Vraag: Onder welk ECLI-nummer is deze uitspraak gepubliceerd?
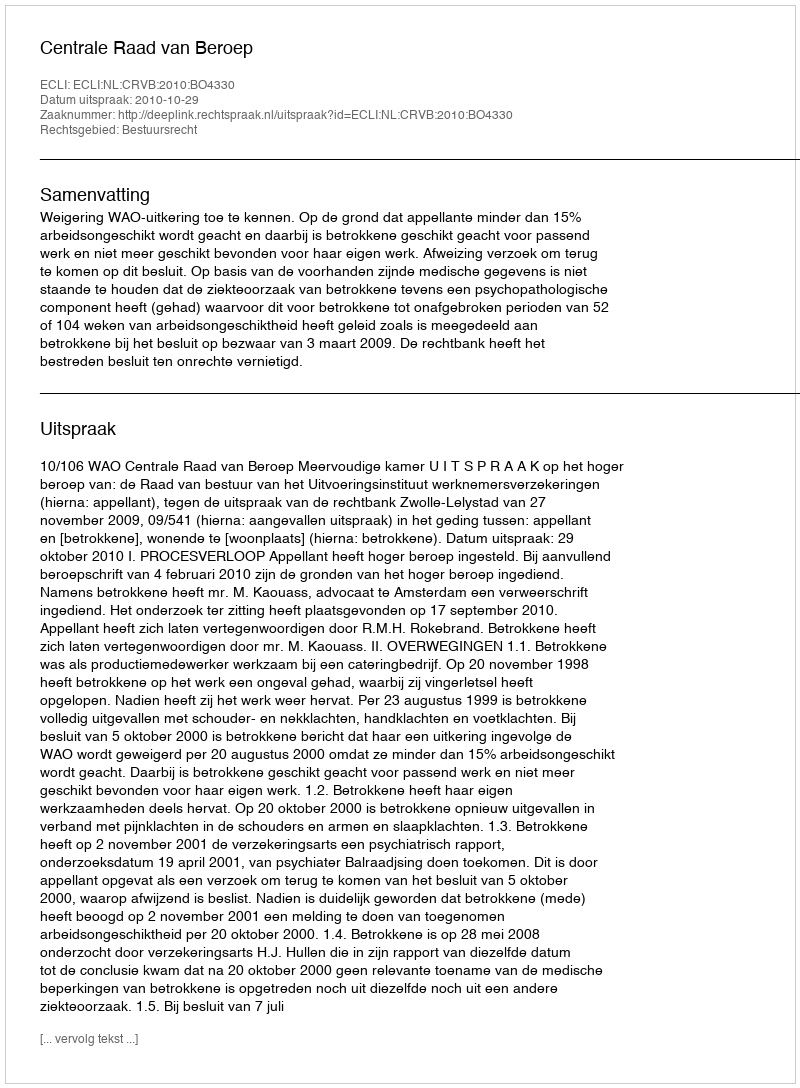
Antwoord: ECLI:NL:CRVB:2010:BO4330